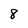
Character: 8